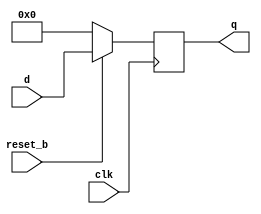
module register(q, clk, reset_b, d);
	input clk, reset_b;
	input [7:0] d;
	output reg [7:0] q;
	
	always @(posedge clk)
	begin 
		if (reset_b == 1'b0)
			q <= 0;
		else
			q <= d;
	end
endmodule